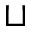
\sqcup